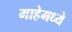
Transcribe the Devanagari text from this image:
माहेमध्ये